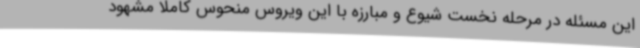
این مسئله در مرحله نخست شیوع و مبارزه با این ویروس منحوس کاملا مشهود